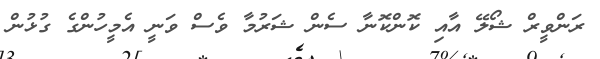
ރަންވީރް ޝޯލޭ އާއި ކޮންކޮނާ ސެން ޝަރުމާ ވެސް ވަނީ އެމީހުންގެ ގުޅުން